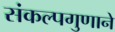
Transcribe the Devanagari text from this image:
संकल्पगुणाने